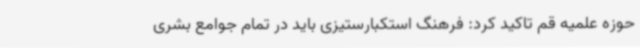
حوزه علمیه قم تاکید کرد: فرهنگ استکبارستیزی باید در تمام جوامع بشری